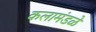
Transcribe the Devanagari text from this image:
कलामंडळे